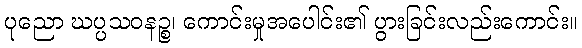
ပုညော ဃပ္ပသဝနဉ္စ၊ ကောင်းမှုအပေါင်း၏ ပွားခြင်းလည်းကောင်း။